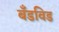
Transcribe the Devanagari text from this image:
बँडविड